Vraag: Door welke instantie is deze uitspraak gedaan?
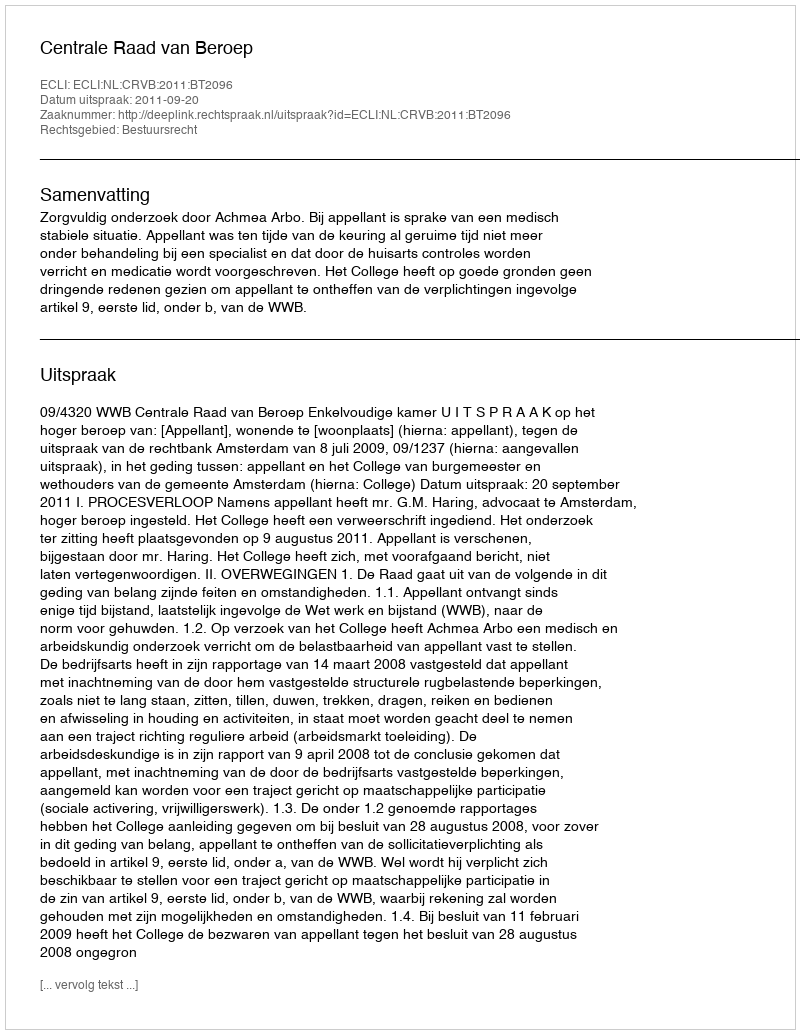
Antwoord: Centrale Raad van Beroep